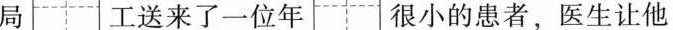
局 工送来了一位年 很小的患者，医生让他